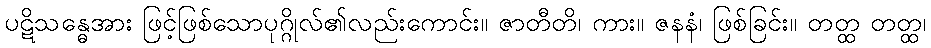
ပဋိသန္ဓေအား ဖြင့်ဖြစ်သောပုဂ္ဂိုလ်၏လည်းကောင်း။ ဇာတီတိ၊ ကား။ ဇနနံ၊ ဖြစ်ခြင်း။ တတ္ထ တတ္ထ၊